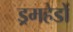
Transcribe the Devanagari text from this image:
ड्रमहेडों